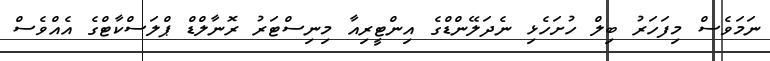
ނަމަވެސް މިފަހަރު ބިލް ހުށަހެޅި ނެދަލޭންޑްގެ އިންޓީރިއާ މިނިސްޓަރު ރޮނާލްޑް ޕްލަސްކާޓްގެ އެއްވެސް